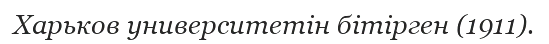
Харьков университетін бітірген (1911).